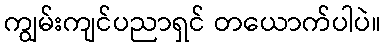
ကျွမ်းကျင်ပညာရှင် တယောက်ပါပဲ။